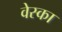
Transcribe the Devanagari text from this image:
वेस्का